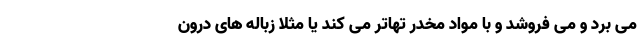
می برد و می فروشد و با مواد مخدر تهاتر می کند یا مثلا زباله های درون